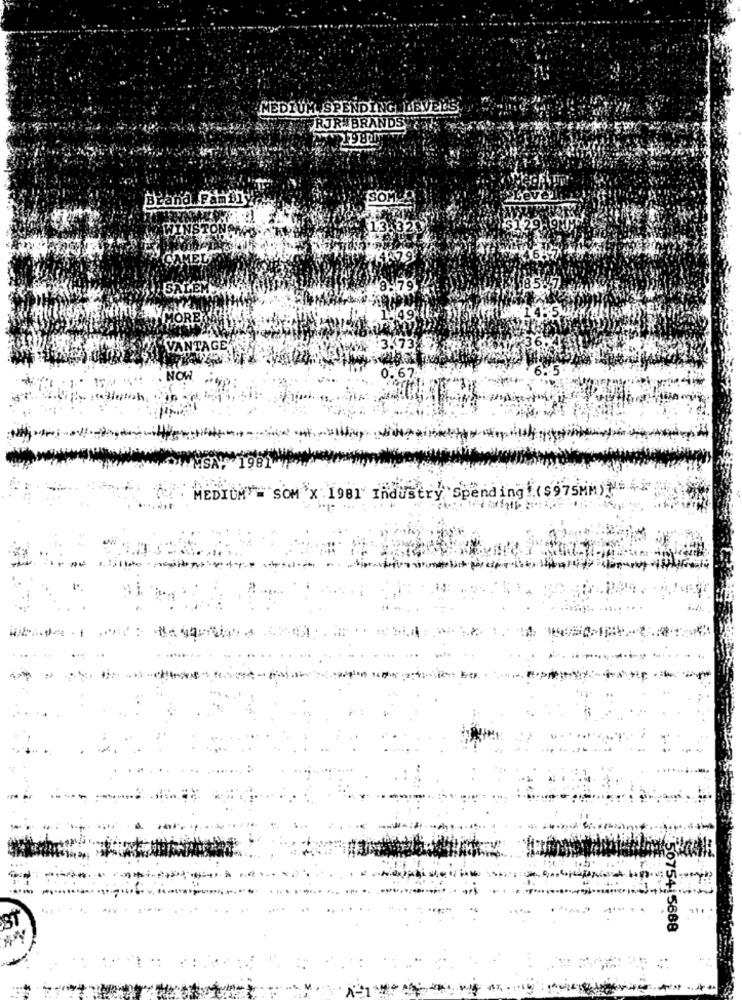
MEDIUM SPENDING LEVELS
RJR BRANDS
Brand PHDi
SOME
$1.29A
68515
SALEM
679
VANTAGENS
3.73
0.67
NOW
MEDIUM = SOM X 1981 Industry Spending ( $975MM) ****
075415688